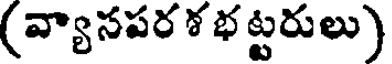
(వ్యాసపర శ భట్టరులు)